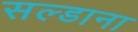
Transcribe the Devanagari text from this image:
सल्डाना